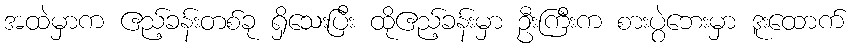
အထဲမှာက ဧည့်ခန်းတစ်ခု ရှိသေးပြီး ထိုဧည့်ခန်းမှာ ဦးကြီးက စားပွဲဘေးမှာ ဒူးထောက်